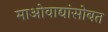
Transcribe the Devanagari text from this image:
माओवाद्यांसोबत